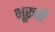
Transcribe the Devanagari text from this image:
भूरूपों